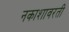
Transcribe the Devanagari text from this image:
नकाशावरती